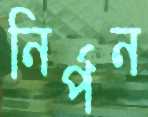
নির্পন